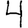
Digit: 4